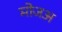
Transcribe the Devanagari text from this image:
मोजअ